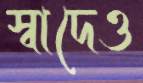
স্বাদেও